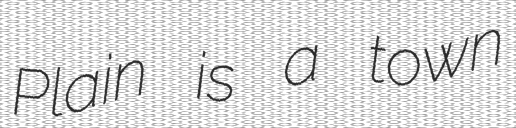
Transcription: Plain is a town